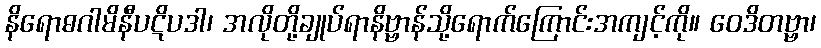
နိရောဓဂါမိနီပဋိပဒါ၊ အလိုတို့ချုပ်ရာနိဗ္ဗာန်သို့ရောက်ကြောင်းအကျင့်ကို။ ဝေဒိတဗ္ဗာ၊